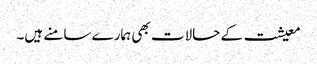
معیشت کے حالات بھی ہمارے سامنے ہیں۔